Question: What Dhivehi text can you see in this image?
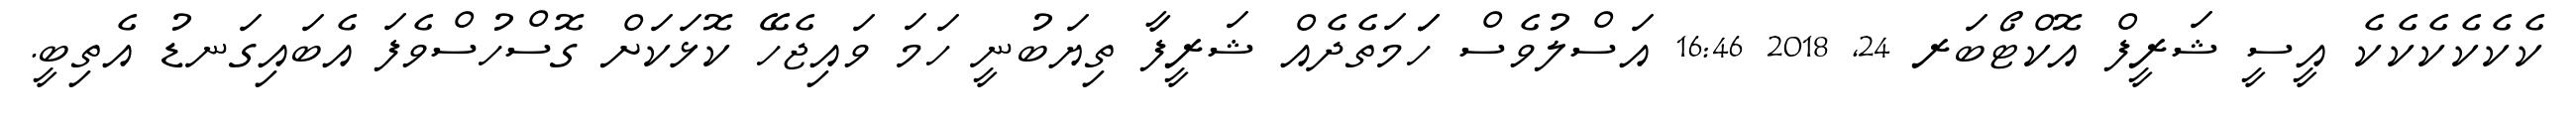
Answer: ކެކެކެކެކެކެ އީސީ ޝަރީފް އޮކްޓޯބަރ 24, 2018 16:46 އަސްލުވެސް ހަަމަތެދެއް ޝަރީފާ ތިޔަބުނީ ހަމަ ވައިޖެހޭ ކޮޅަކަށް ގޮސްހުސްވެފަ އެބައިގަނޑު އެތިބީ.